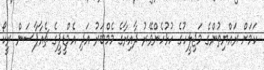
ކަމަށް ރައްޔިތުންގެ މަޖިލީހުގެ ހުޅުހެންވޭރު ދާއިރާގެ މެމްބަރު އަދި އެމްޑީޕީގެ ޗެއާޕާސަން ރީކޯ